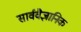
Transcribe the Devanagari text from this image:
सार्ववैज्ञानिक